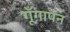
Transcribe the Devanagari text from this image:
गूँगापन